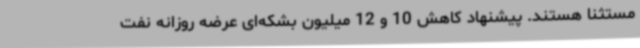
مستثنا هستند. پیشنهاد کاهش 10 و 12 میلیون بشکه‌ای عرضه روزانه نفت